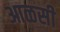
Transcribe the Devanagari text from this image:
आळसी